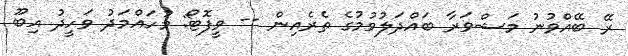
ރޭ ބޭއްވުނު މަޝްވަރާ ބައްދަލުވުމުގެ ތެރެއިން -- ވީފޮޓޯ: މުހައްމަދު ވަހީދު އިބޫ